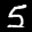
Label: 5